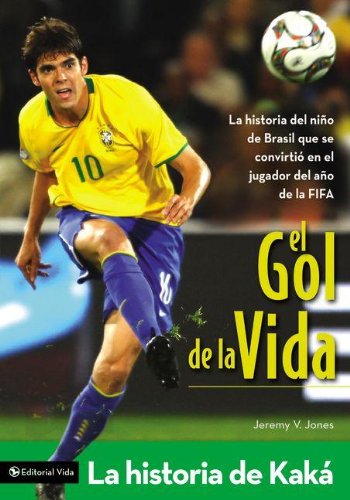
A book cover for El gol de la vida-La historia de KakÃ¡: La historia del niÃ±o de Brasil que se convirtiÃ³ en el jugador del aÃ±o de la FIFA (Zonderkidz Biography) (Spanish Edition); Jeremy V. Jones; Children's Books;